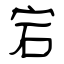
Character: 宕